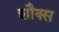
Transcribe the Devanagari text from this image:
शौक्स